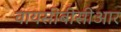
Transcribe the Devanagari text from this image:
वायसीबीसीआर